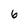
Character: 6